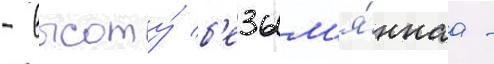
- высоту́ б'езым'я́ннаа -